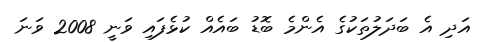
އަދި އެ ބަދަލުތަކުގެ އެންމެ ބޮޑު ބައެއް ކުޅެފައި ވަނީ 2008 ވަނަ